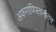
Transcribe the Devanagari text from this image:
अफगाणिस्तानातच